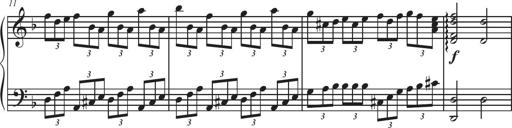
Title: Sonatina Espania
Composer: Jerald Franklin Archer
Key: Various